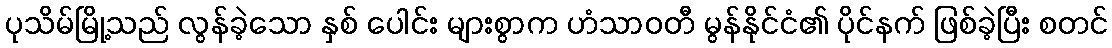
ပုသိမ်မြို့သည် လွန်ခဲ့သော နှစ် ပေါင်း များစွာက ဟံသာဝတီ မွန်နိုင်ငံ၏ ပိုင်နက် ဖြစ်ခဲ့ပြီး စတင်